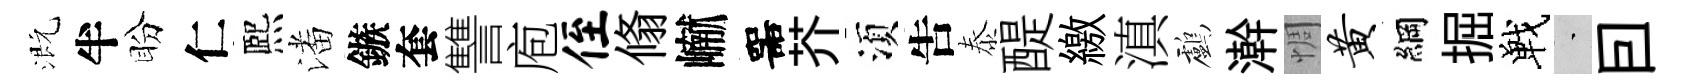
溉半盼仁熈潘鏃套讐庖侄翛𪩘噐芥湏吿泰醍繳滇鸕澣惆黄綱掘戰蒙囙